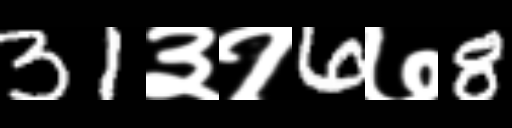
Text: 31३१6७8